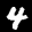
Label: 4